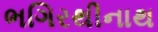
ભગિરથીનાથ